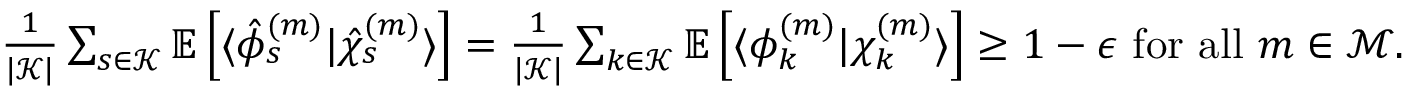
\begin{array} { r } { \frac { 1 } { | \mathcal { K } | } \sum _ { s \in \mathcal { K } } \mathbb { E } \left[ \langle { \hat { \phi } _ { s } ^ { ( m ) } } | { \hat { \chi } _ { s } ^ { ( m ) } } \rangle \right] = \frac { 1 } { | \mathcal { K } | } \sum _ { k \in \mathcal { K } } \mathbb { E } \left[ \langle { { \phi } _ { k } ^ { ( m ) } } | { { \chi } _ { k } ^ { ( m ) } } \rangle \right] \geq 1 - \epsilon \mathrm { ~ f o r ~ a l l ~ } m \in \mathcal { M } . } \end{array}